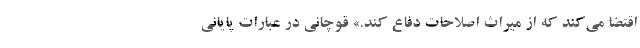
اقتضا می‌کند که از میراث اصلاحات دفاع کند.» قوچانی در عبارات پایانی